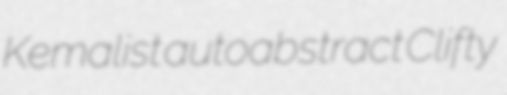
Kemalist autoabstract Clifty